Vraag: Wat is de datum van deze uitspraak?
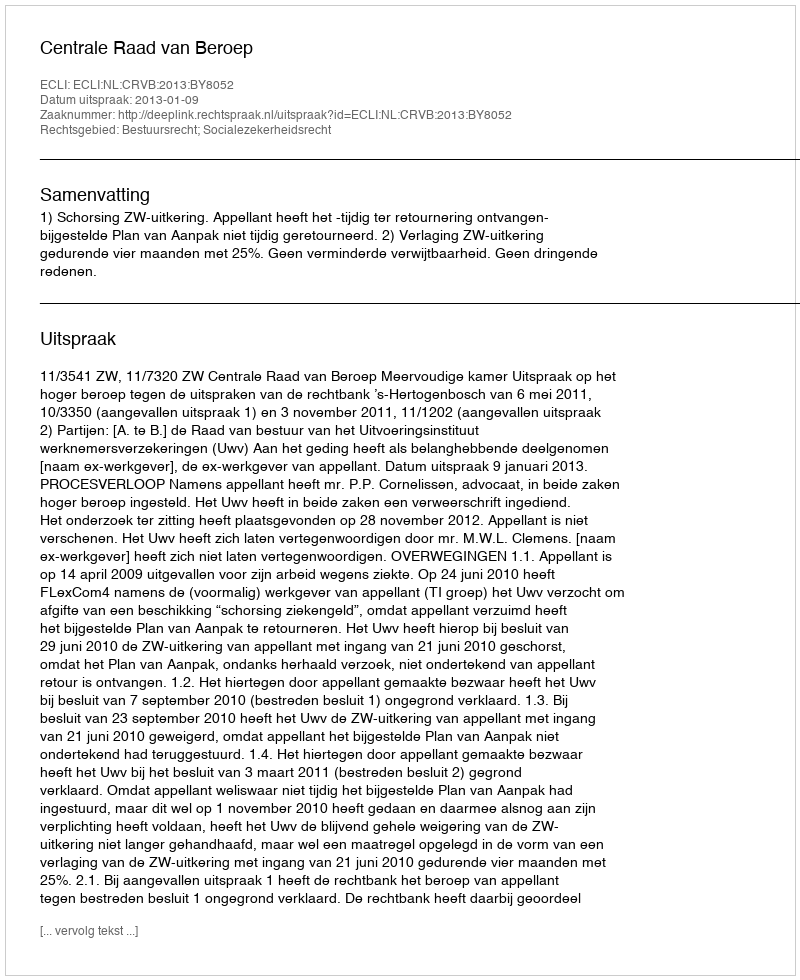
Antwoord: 2013-01-09